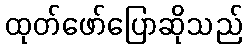
ထုတ်ဖော်ပြောဆိုသည်